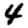
Digit: 4